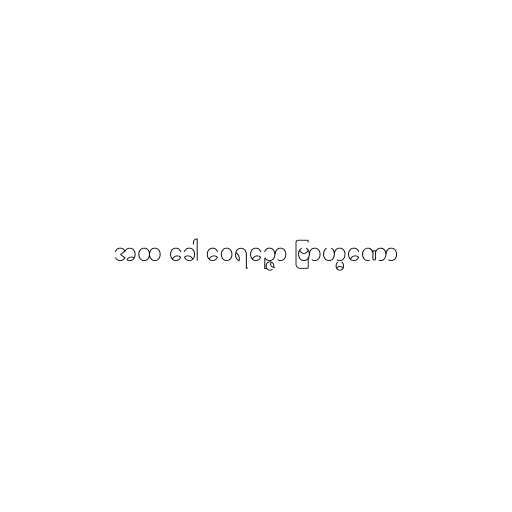
အထ ခေါ ဝေရဉ္ဇော ဗြာဟ္မဏော